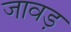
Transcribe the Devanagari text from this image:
जावड़